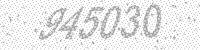
Solution: 945030